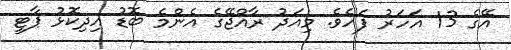
އޭގެ 13 އަހަރު ފަހެވެ. މިއަދު ރާއްޖޭގެ އެންމެ ބޮޑު އިދިކޮޅު ޕާޓީ